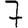
Digit: 7